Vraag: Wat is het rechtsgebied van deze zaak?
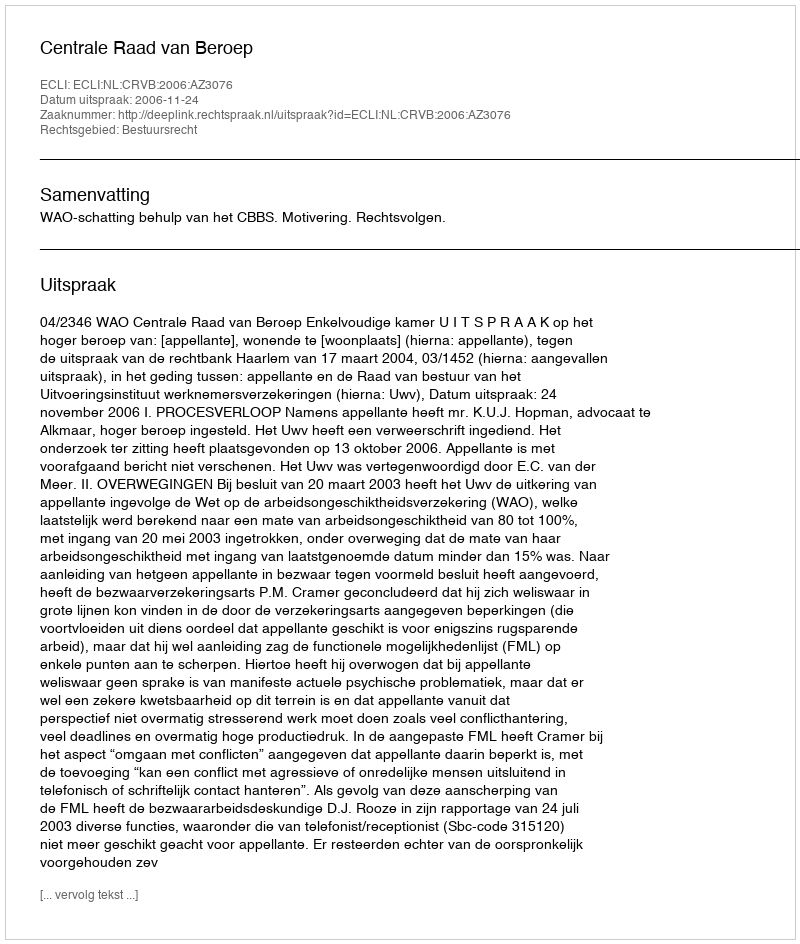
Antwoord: Bestuursrecht